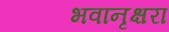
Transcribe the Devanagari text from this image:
भवानृक्षरा